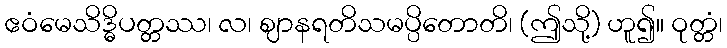
ဧဝံမေသိဒ္ဓိပတ္တဿ၊ လ၊ ဈာနရတိသမပ္ပိတောတိ၊ (ဤသို့) ဟူ၍။ ဝုတ္တံ၊